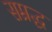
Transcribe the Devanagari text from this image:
सम्रद्ध